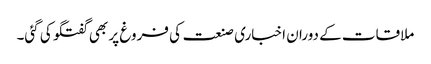
ملاقات کے دوران اخباری صنعت کی فروغ پر بھی گفتگو کی گئی۔